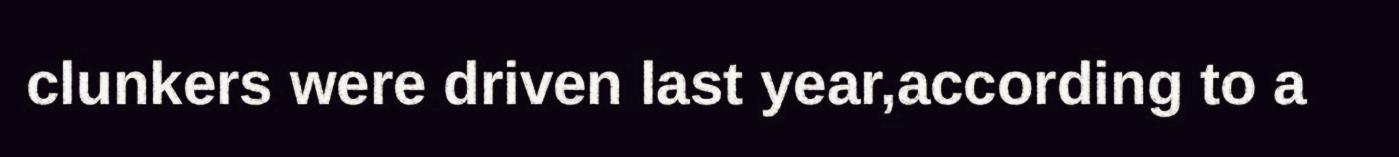
clunkers were driven last year,according to a